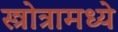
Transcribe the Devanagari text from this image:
स्त्रोत्रामध्ये